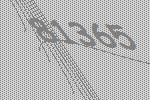
81365